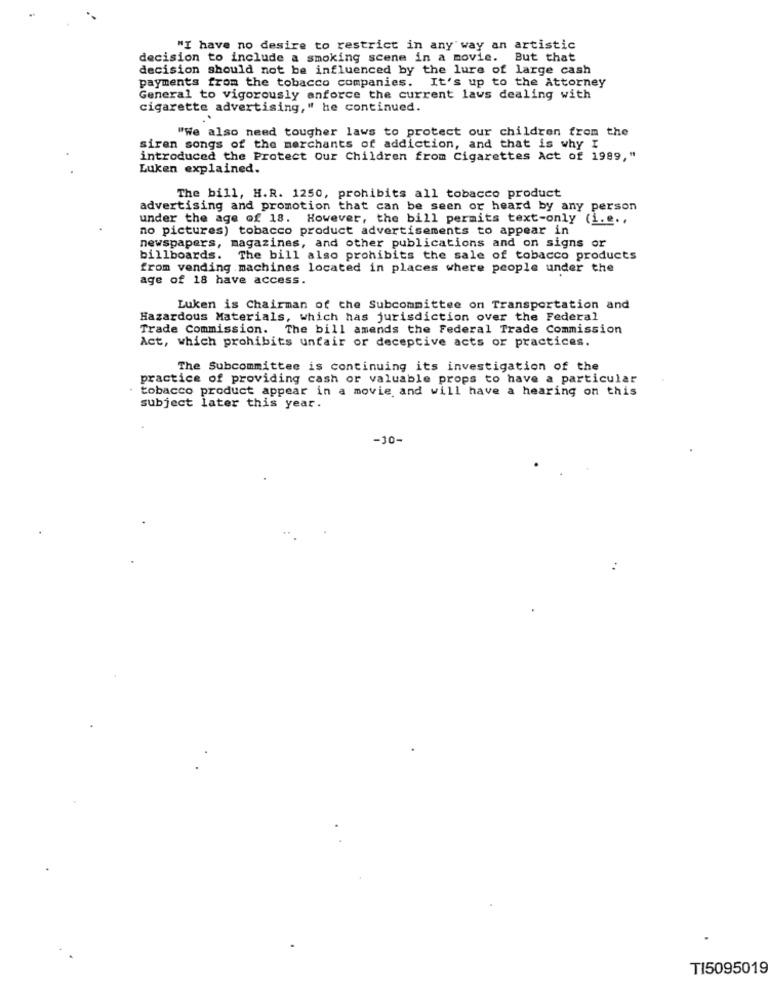
"I have no desire to restrict in any way an artistic
decision to include a smoking scene in a movie. But that
decision should not be influenced by the lure of large cash
payments from the tobacco companies. It's up to the Attorney
General to vigorously enforce the current laws dealing with
cigarette advertising," he continued.
"We also need tougher laws to protect our children from the
siren songs of the merchants of addiction, and that is why I
introduced the Protect Our Children from Cigarettes Act of 1989,"
Luken explained.
The bill, H.R. 1250, prohibits all tobacco product
advertising and promotion that can be seen or heard by any person
under the age of 18. However, the bill permits text-only (i.e .,
no pictures) tobacco product advertisements to appear in
newspapers, magazines, and other publications and on signs or
billboards. The bill also prohibits the sale of tobacco products
from vending machines located in places where people under the
age of 18 have access.
Luken is Chairman of the Subcommittee on Transportation and
Hazardous Materials, which has jurisdiction over the Federal
Trade Commission. The bill amends the Federal Trade Commission
Act, which prohibits unfair or deceptive acts or practices.
The Subcommittee is continuing its investigation of the
practice of providing cash or valuable props to have a particular
. tobacco product appear in a movie and will have a hearing on this
subject later this year.
-10-
TI5095019